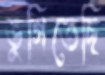
ভুগিতেছি